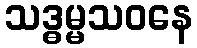
သဒ္ဓမ္မသဝနေ